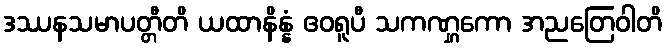
ဒဿနသမာပတ္တီတိ ယထာနိန္နံ ဧဝရူပီ သကဏ္ဋကော အညတြေဝါတိ